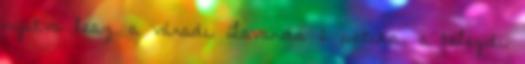
nyitva lesz a váradi Lavanda 2 patika, a telegdi